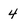
Character: 4